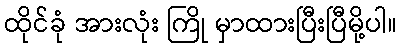
ထိုင်ခုံ အားလုံး ကြို မှာထားပြီးပြီမို့ပါ။